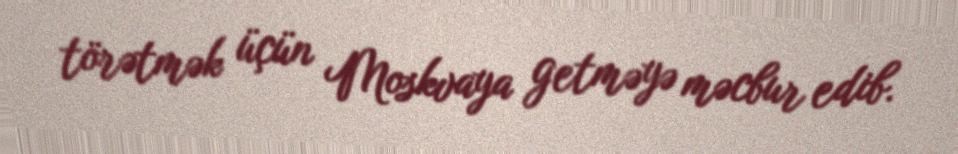
törətmək üçün Moskvaya getməyə məcbur edib.